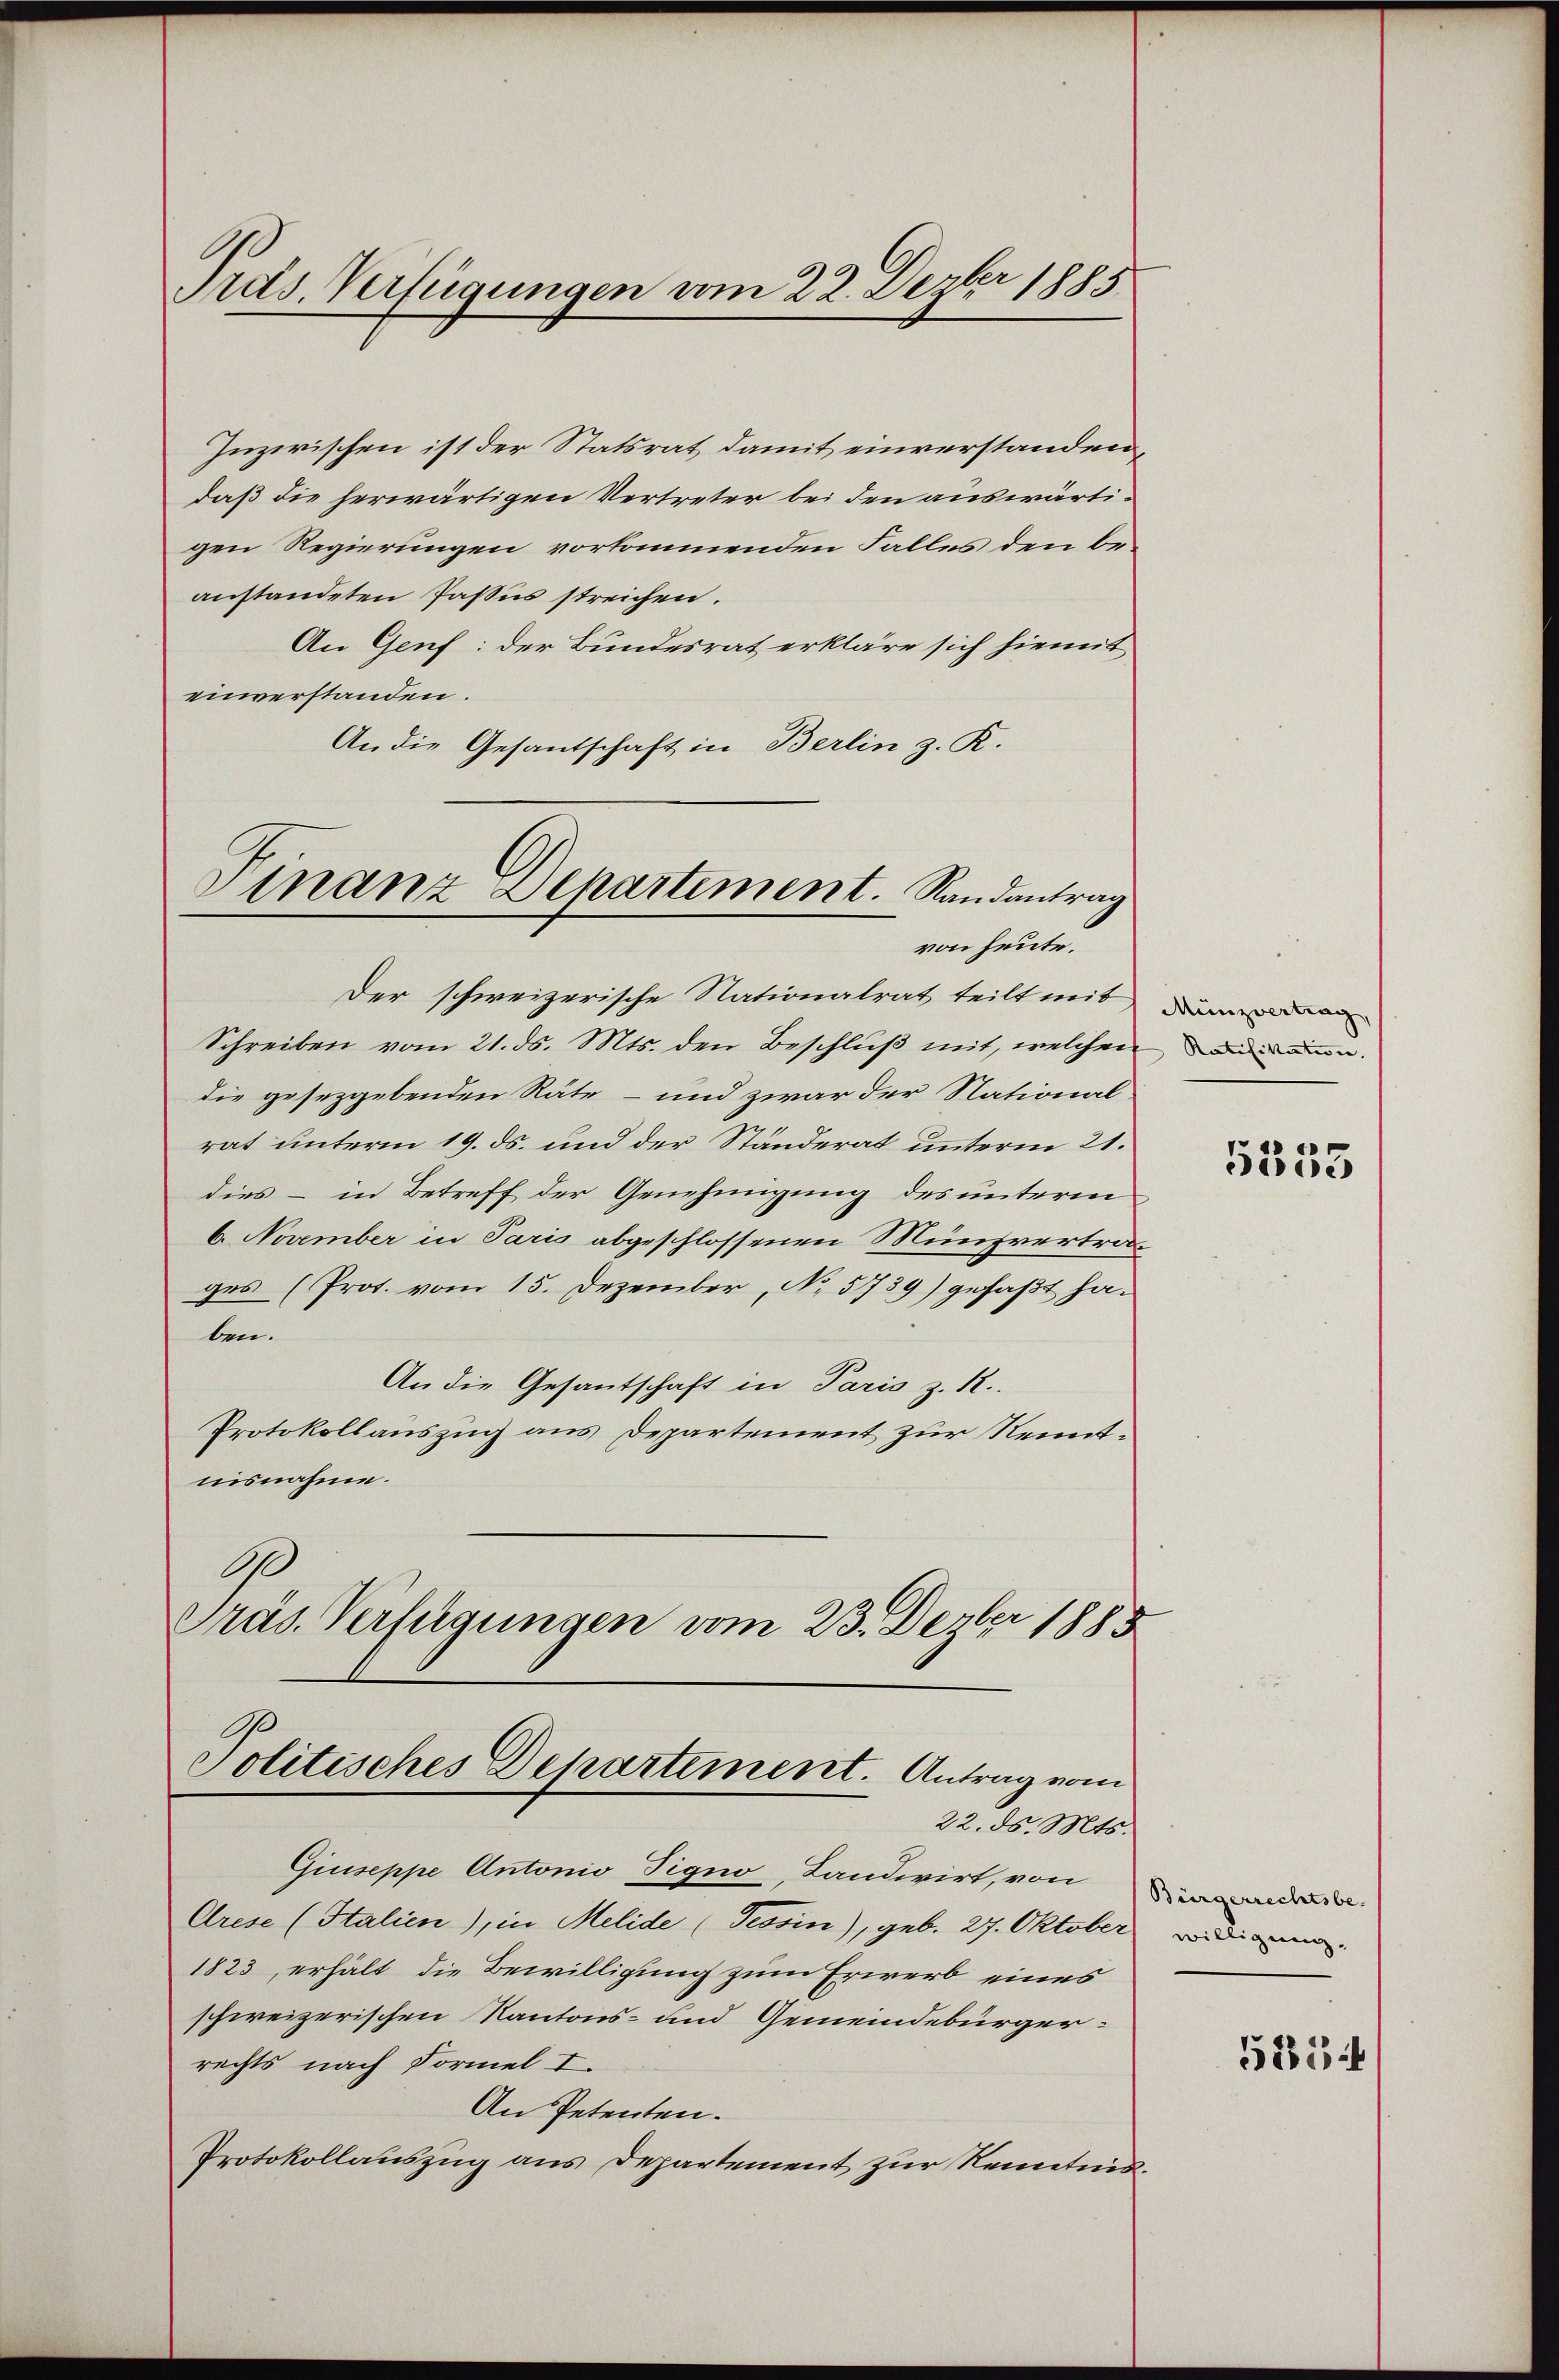
Pras. Verfügungen vom 22. Dezbr 1885

Inzwischen ist der Statsrat damit einverstanden,
daß die herwärtigen Vertreter bei den auswärtigen Regierungen vorkommenden Falles den beanstandeten Passus streichen.
An Genf: der Bundesrat erkläre sich hiemit
einverstanden.
An die Gesantschaft in Berlin z. R.

Finanz Departement. Randantrag
von heute.

Politisches Departement. Antrag vom
22. ds. Mts.

Der schweizerische Nationalrat teilt mit
Schreiben vom 21. ds. Mts. den Beschluß mit, welchen
die gesetzgebenden Räte - und zwar der National-
rat unterm 19. ds. und der Ständerat unterm 21.
dies - in Betreff der Genehmigung des unterm
6. November in Paris abgeschlossenen Münzvertrages (Prot. vom 15. Dezember, No 5739) gefaßt haben.
An die Gesantschaft in Paris z. R.
Protokollauszug aus Departement zur Renntnisnahme.
9
Präs. Verfügungen vom 23. Dezbr 1885

Giuseppe Antonio Signo, Landwirt, von de
Arese (Italien), in Melide (Tessin), geb. 27. Oktober
1823, erhält die Bewilligung zum Erwerb eines
schweizerischen Kantons- und Gemeindebürgerrechts nach Formel I.
An Petenten.
Protokollauszug aus Departement zur Kenntnis¬

Münzvertrag,
Ratifikation. |

4
3800

willigung.

515 f